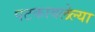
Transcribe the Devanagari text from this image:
पटकावलेल्या